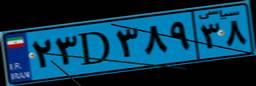
۲۷D۹۷۰۳۰